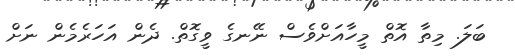
ބަލަ. މިތާ އޮތް މީހާއަށްވެސް ނޭނގެ ވީގޮތް. ދެން އަހަރެމެން ނަށް